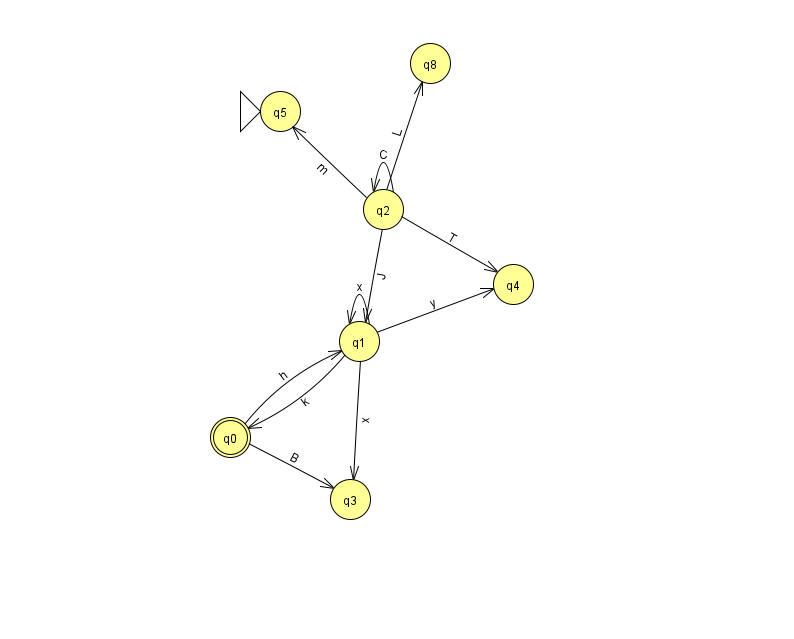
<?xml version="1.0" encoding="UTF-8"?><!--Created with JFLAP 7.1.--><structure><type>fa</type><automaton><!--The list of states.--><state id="0" name="q0"><x>230.0</x><y>424.0</y><final/></state><state id="1" name="q1"><x>359.0</x><y>328.0</y></state><state id="2" name="q2"><x>383.0</x><y>196.0</y></state><state id="3" name="q3"><x>350.0</x><y>486.0</y></state><state id="4" name="q4"><x>513.0</x><y>271.0</y></state><state id="5" name="q5"><x>280.0</x><y>98.0</y><initial/></state><state id="8" name="q8"><x>430.0</x><y>50.0</y></state><!--The list of transitions.--><transition><from>2</from><to>5</to><read>m</read></transition><transition><from>1</from><to>3</to><read>x</read></transition><transition><from>2</from><to>2</to><read>C</read></transition><transition><from>2</from><to>4</to><read>T</read></transition><transition><from>1</from><to>0</to><read>k</read></transition><transition><from>1</from><to>1</to><read>x</read></transition><transition><from>1</from><to>4</to><read>y</read></transition><transition><from>2</from><to>1</to><read>J</read></transition><transition><from>0</from><to>1</to><read>h</read></transition><transition><from>0</from><to>3</to><read>B</read></transition><transition><from>2</from><to>8</to><read>L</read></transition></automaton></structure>